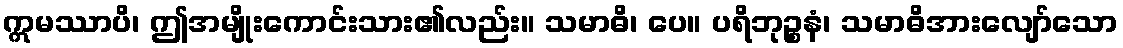
ဣမဿာပိ၊ ဤအမျိုးကောင်းသား၏လည်း။ သမာဓိ၊ ပေ။ ပရိဘုဉ္စနံ၊ သမာဓိအားလျော်သော